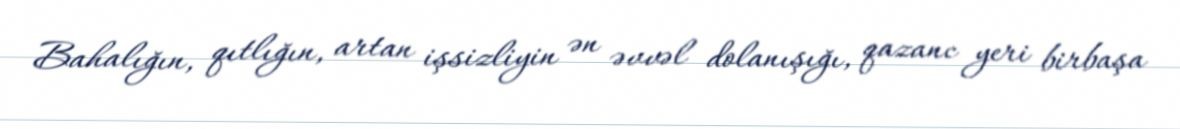
Bahalığın, qıtlığın, artan işsizliyin ən əvvəl dolanışığı, qazanc yeri birbaşa